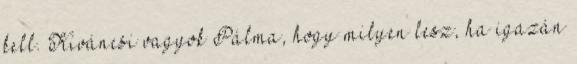
kell. Kíváncsi vagyok Pálma, hogy milyen lesz, ha igazán